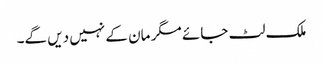
ملک لٹ جائے مگر مان کے نہیں دیں گے۔